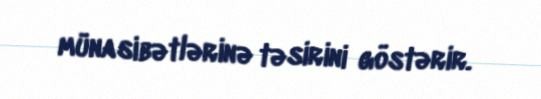
münasibətlərinə təsirini göstərir.